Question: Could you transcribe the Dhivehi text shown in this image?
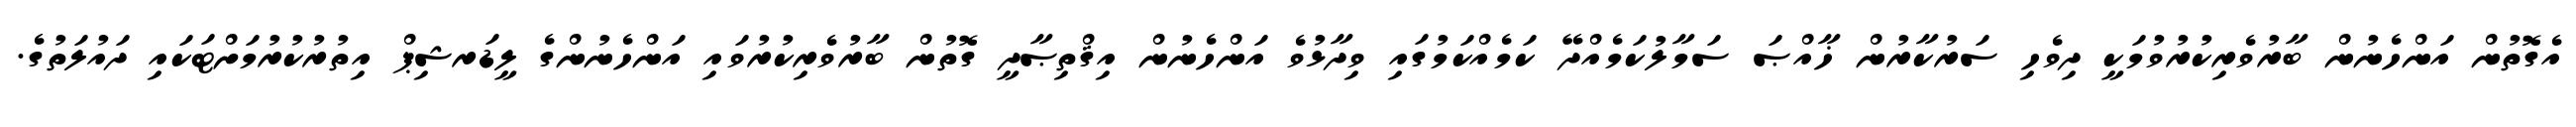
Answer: އެގޮތުން އަންހެނުން ބާރުވެރިކުރުވުމަކީ ދިވެހި ސަރުކާރުން ޚާއްޞަ ސަމާލުކަމެއްދޭ ކަމެއްކަމުގައި ވިދާޅުވެ އަންހެނުން އިޤްތިޞާދީ ގޮތުން ބާރުވެރިކުރުވައި އަންހެނުންގެ ލީޑަރޝިޕް އިތުރުކުރުމަށްޓަކައި ދައުލަތުގެ.